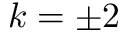
k = \pm 2